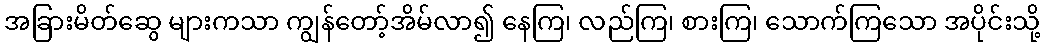
အခြားမိတ်ဆွေ များကသာ ကျွန်တော့်အိမ်လာ၍ နေကြ၊ လည်ကြ၊ စားကြ၊ သောက်ကြသော အပိုင်းသို့